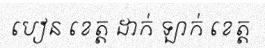
បៀន ខេត្ត ដាក់ ឡាក់ ខេត្ត